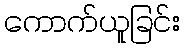
ကောက်ယူခြင်း